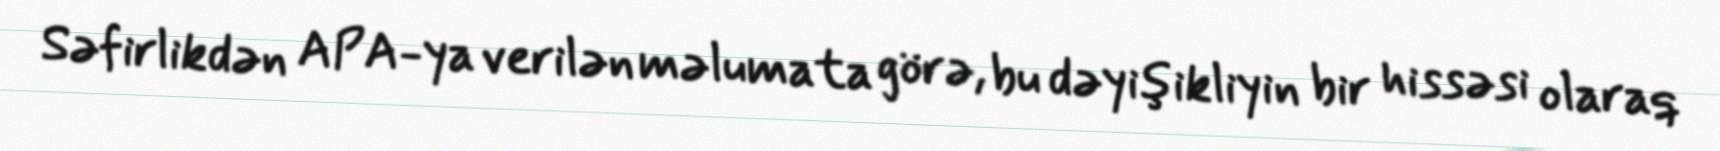
Səfirlikdən APA-ya verilən məlumata görə, bu dəyişikliyin bir hissəsi olaraq